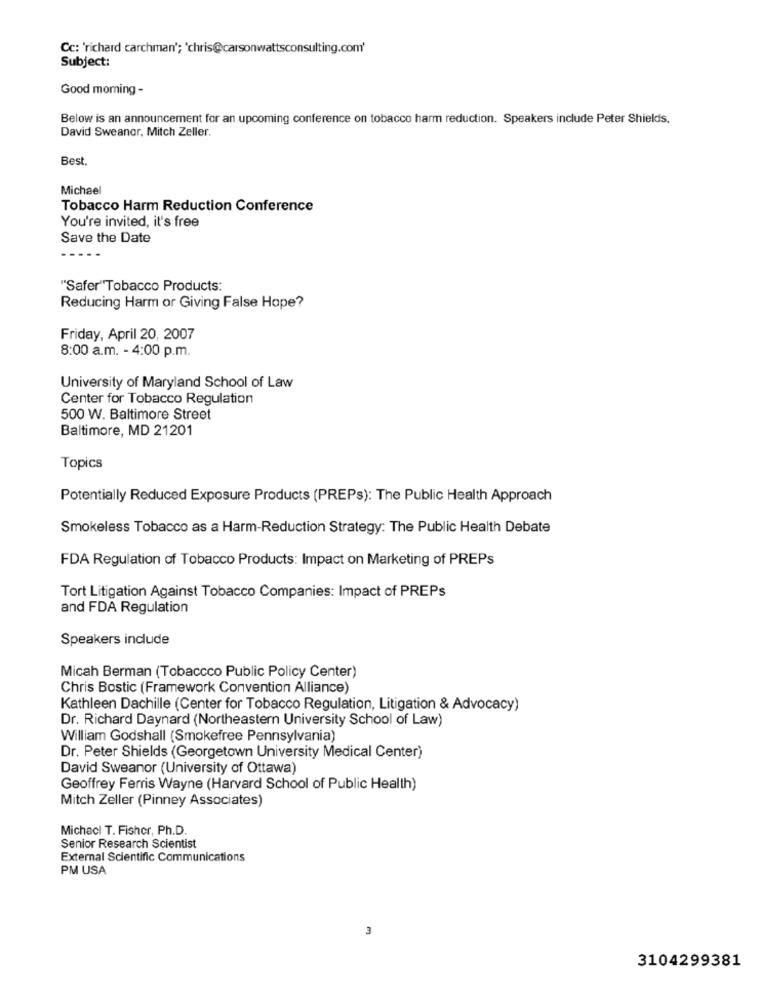
Cc: 'richard carchman'; 'chris@carsonwattsconsulting.com'
Subject:
Good morning -
Below is an announcement for an upcoming conference on tobacco harm reduction. Speakers include Peter Shields,
David Sweanor, Mitch Zeller.
Best.
Michael
Tobacco Harm Reduction Conference
You're invited, it's free
Save the Date
"Safer"Tobacco Products:
Reducing Harm or Giving False Hope?
Friday, April 20, 2007
8:00 a.m. - 4:00 p.m.
University of Maryland School of Law
Center for Tobacco Regulation
500 W. Baltimore Street
Baltimore, MD 21201
Topics
Potentially Reduced Exposure Products (PREPs): The Public Health Approach
Smokeless Tobacco as a Harm-Reduction Strategy: The Public Health Debate
FDA Regulation of Tobacco Products: Impact on Marketing of PREPs
Tort Litigation Against Tobacco Companies: Impact of PREPs
and FDA Regulation
Speakers include
Micah Berman (Tobaccco Public Policy Center)
Chris Bostic (Framework Convention Alliance)
Kathleen Dachille (Center for Tobacco Regulation, Litigation & Advocacy)
Dr. Richard Daynard (Northeastern University School of Law)
William Godshall (Smokefree Pennsylvania)
Dr. Peter Shields (Georgetown University Medical Center)
David Sweanor (University of Ottawa)
Geoffrey Ferris Wayne (Harvard School of Public Health)
Mitch Zeller (Pinney Associates)
Michacl T. Fisher, Ph.D.
Senior Research Scientist
External Scientific Communications
PM USA
3104299381